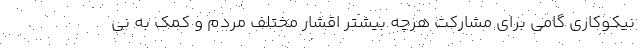
نیکوکاری گامی برای مشارکت هرچه بیشتر اقشار مختلف مردم و کمک به نی